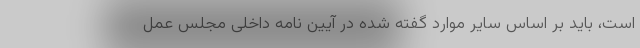
است، باید بر اساس سایر موارد گفته شده در آیین نامه داخلی مجلس عمل